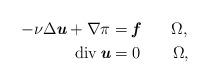
LaTeX: \begin{align*}-\nu\Delta\textit{\textbf{u}}+\nabla\pi&=\textit{\textbf{f}}\quad\quad\Omega,\\\mathrm{div }\,\textit{\textbf{u}}&=0\quad\quad\Omega,\end{align*}